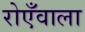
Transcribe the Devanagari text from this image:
रोएँवाला